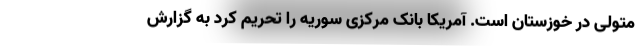
متولی در خوزستان است. آمریکا بانک مرکزی سوریه را تحریم کرد به گزارش